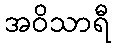
အဝိသာရီ